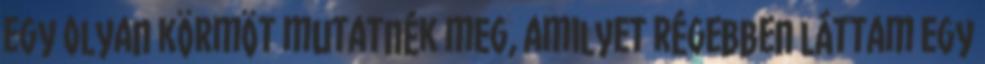
egy olyan körmöt mutatnék meg, amilyet régebben láttam egy